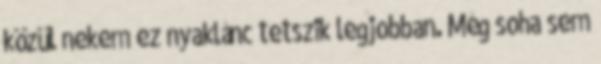
közül nekem ez nyaklánc tetszik legjobban. Még soha sem